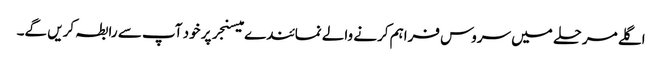
اگلے مرحلے میں سروس فراہم کرنے والے نمائندے میسنجر پر خود آپ سے رابطہ کریں گے۔